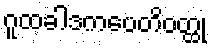
ဂူထခါဒကပေတိဝတ္ထု